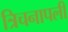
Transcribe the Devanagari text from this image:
त्रिचनापली